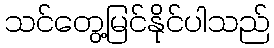
သင်တွေ့မြင်နိုင်ပါသည်